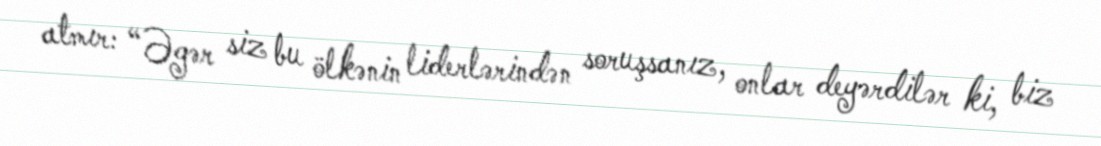
atmır: “Əgər siz bu ölkənin liderlərindən soruşsanız, onlar deyərdilər ki, biz